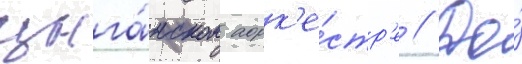
цыга́нском орк'е́стр'е // До́